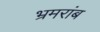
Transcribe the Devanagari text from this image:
भ्रमरांब